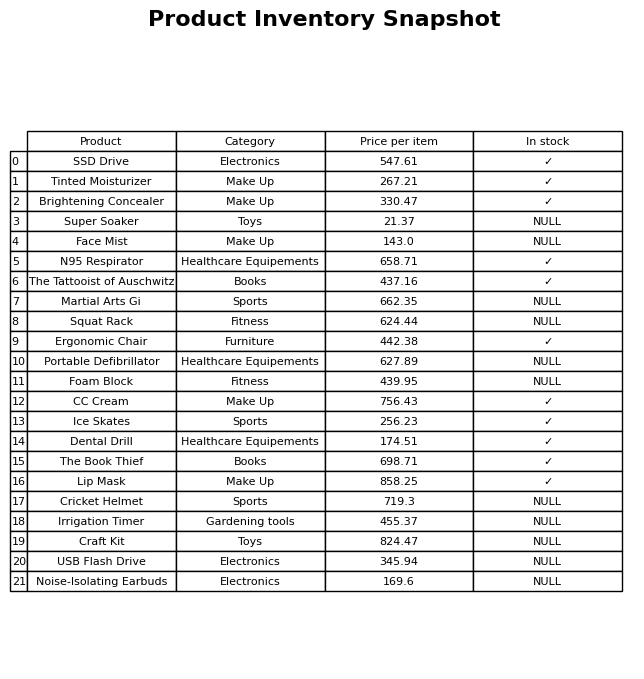
question: What is the price for The Book Thief?
answer: The price of The Book Thief is 698.71.